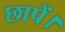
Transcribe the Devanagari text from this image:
छापें।